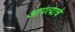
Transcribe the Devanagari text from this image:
आपत्याचे